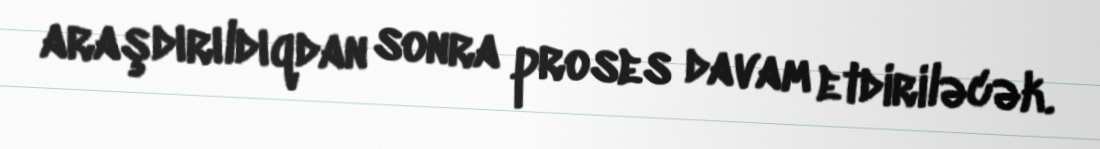
araşdırıldıqdan sonra proses davam etdiriləcək.